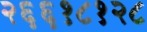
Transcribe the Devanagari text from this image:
२६६१८१२८